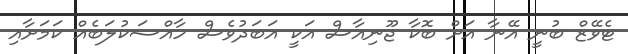
ޓެވޭޒް ބުނީ އޭނާ އަށް ބޮކާ ޖޫނިއާސް އަކީ އަބަދުވެސް ހާއްސަކުލަބެއް ކަމަށާއި